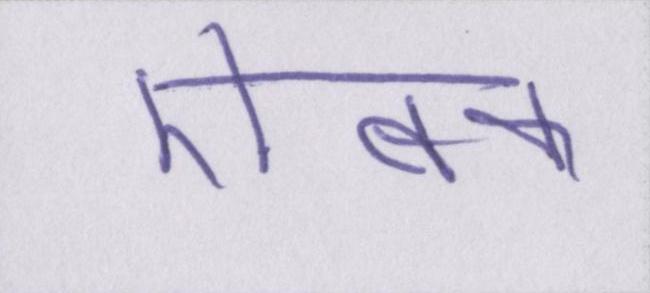
ऐबक